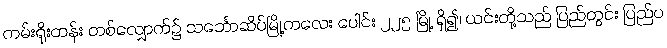
ကမ်းရိုးတန်း တစ်လျှောက်၌ သင်္ဘောဆိပ်မြို့ကလေး ပေါင်း ၂၂၅ မြို့ ရှိ၍၊ ယင်းတို့သည် ပြည်တွင်း ပြည်ပ